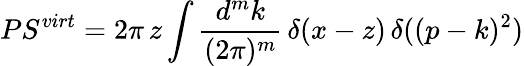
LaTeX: PS^{virt}=2\pi\, z\int\frac{d^{m}k}{(2\pi)^{m}}\, \delta(x-z)\, \delta((p-k)^{2})